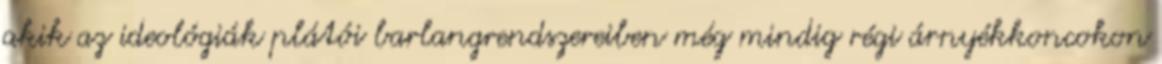
akik az ideológiák plátói barlangrendszereiben még mindig régi árnyékkoncokon